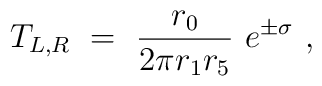
T_{L,R}~=~\frac{r_0}{2\pi r_1 r_5}~e^{\pm \sigma}~,